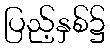
ပြည့်နှစ်၌